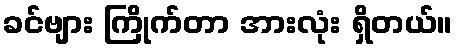
ခင်ဗျား ကြိုက်တာ အားလုံး ရှိတယ်။